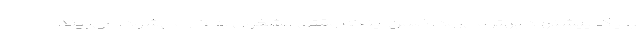
با یک پیشنهاد بهتر می‌رود. ضمن اینکه وقتی مشغول به کار می‌شود، می‌بیند